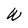
Character: W